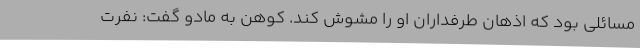
مسائلی بود که اذهان طرفداران او را مشوش کند. کوهن به مادو گفت: نفرت